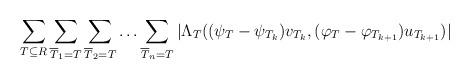
LaTeX: \begin{align*}\sum_{T\subseteq R}\sum_{\overline{T}_1=T}\sum_{\overline{T}_2=T}\ldots \sum_{\overline{T}_n=T}|\Lambda_T( (\psi_{T} - \psi_{T_k})v_{T_k}, ( \varphi_{T}- \varphi_{T_{k+1}})u_{T_{k+1}})|\end{align*}